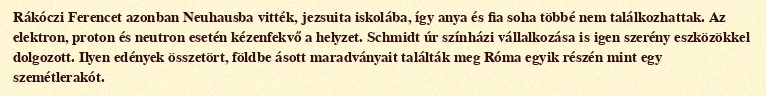
Rákóczi Ferencet azonban Neuhausba vitték, jezsuita iskolába, így anya és fia soha többé nem találkozhattak. Az elektron, proton és neutron esetén kézenfekvő a helyzet. Schmidt úr színházi vállalkozása is igen szerény eszközökkel dolgozott. Ilyen edények összetört, földbe ásott maradványait találták meg Róma egyik részén mint egy szemétlerakót.